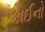
કોઈનો